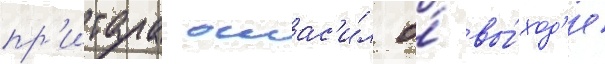
пр'итула оглас'и́л о́ вы́ход'е